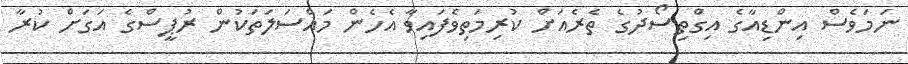
ނަމަވެސް އިންޑިއާގެ އިގްތިސޯދުގެ ތެރެއަށް ކުރިމަތިވެފައިވާ އެހެން މައްސަލަތަކުން ރުޕީސްގެ އަގަށް ކުރާ